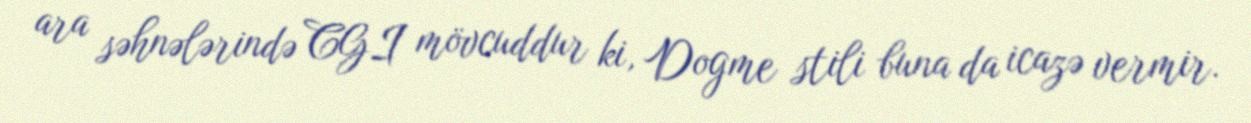
ara səhnələrində CGI mövcuddur ki, Dogme stili buna da icazə vermir.